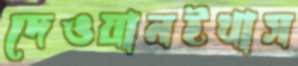
দেওয়ানইখাস